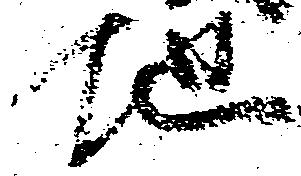
地